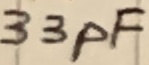
Text: 33pF